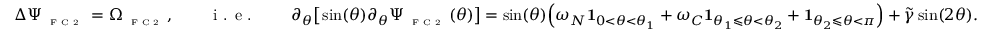
\Delta \Psi _ { \textnormal { \tiny { F C 2 } } } = \Omega _ { \textnormal { \tiny { F C 2 } } } , \qquad \textnormal { i . e . } \qquad \partial _ { \theta } \big [ \sin ( \theta ) \partial _ { \theta } \Psi _ { \textnormal { \tiny { F C 2 } } } ( \theta ) \big ] = \sin ( \theta ) \Big ( \omega _ { N } \mathbf { 1 } _ { 0 < \theta < \theta _ { 1 } } + \omega _ { C } \mathbf { 1 } _ { \theta _ { 1 } \leqslant \theta < \theta _ { 2 } } + \mathbf { 1 } _ { \theta _ { 2 } \leqslant \theta < \pi } \Big ) + \widetilde { \gamma } \sin ( 2 \theta ) .